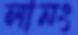
লানং